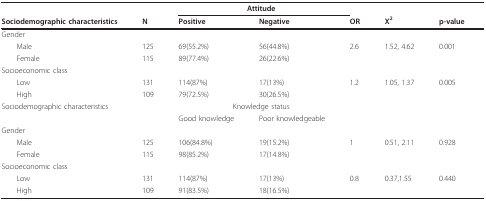
<table><thead><tr><td></td><td></td><td colspan="2"><b>Attitude</b></td><td></td><td></td><td></td></tr><tr><td><b>Sociodemographic characteristics</b></td><td><b>N</b></td><td><b>Positive</b></td><td><b>Negative</b></td><td><b>OR</b></td><td><b>Χ<sup>2</sup></b></td><td><b>p-value</b></td></tr></thead><tbody><tr><td>Gender</td><td></td><td></td><td></td><td></td><td></td><td></td></tr><tr><td> Male</td><td>125</td><td>69(55.2%)</td><td>56(44.8%)</td><td>2.6</td><td>1.52, 4.62</td><td>0.001</td></tr><tr><td> Female</td><td>115</td><td>89(77.4%)</td><td>26(22.6%)</td><td></td><td></td><td></td></tr><tr><td>Socioeconomic class</td><td></td><td></td><td></td><td></td><td></td><td></td></tr><tr><td> Low</td><td>131</td><td>114(87%)</td><td>17(13%)</td><td>1.2</td><td>1.05, 1.37</td><td>0.005</td></tr><tr><td> High</td><td>109</td><td>79(72.5%)</td><td>30(26.5%)</td><td></td><td></td><td></td></tr><tr><td>Sociodemographic characteristics</td><td></td><td colspan="2">Knowledge status</td><td></td><td></td><td></td></tr><tr><td></td><td></td><td>Good knowledge</td><td>Poor knowledgeable</td><td></td><td></td><td></td></tr><tr><td>Gender</td><td></td><td></td><td></td><td></td><td></td><td></td></tr><tr><td> Male</td><td>125</td><td>106(84.8%)</td><td>19(15.2%)</td><td>1</td><td>0.51, 2.11</td><td>0.928</td></tr><tr><td> Female</td><td>115</td><td>98(85.2%)</td><td>17(14.8%)</td><td></td><td></td><td></td></tr><tr><td>Socioeconomic class</td><td></td><td></td><td></td><td></td><td></td><td></td></tr><tr><td> Low</td><td>131</td><td>114(87%)</td><td>17(13%)</td><td>0.8</td><td>0.37,1.55</td><td>0.440</td></tr><tr><td> High</td><td>109</td><td>91(83.5%)</td><td>18(16.5%)</td><td></td><td></td><td></td></tr></tbody></table>